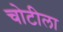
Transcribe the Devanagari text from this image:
चोटीला